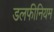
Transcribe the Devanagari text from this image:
डलफीनियम